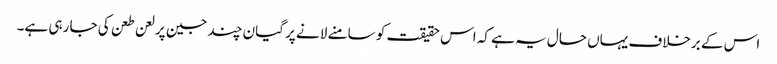
اس کے برخلاف یہاں حال یہ ہے کہ اس حقیقت کو سامنے لانے پر گیان چند جین پر لعن طعن کی جا رہی ہے۔